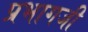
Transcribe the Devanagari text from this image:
प्रभागजी